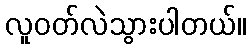
လူဝတ်လဲသွားပါတယ်။